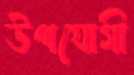
উপযোগী